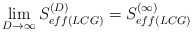
\begin{align*}\lim_{D\rightarrow\infty}S_{eff(LCG)}^{(D)}=S_{eff(LCG)}^{(\infty)}\end{align*}